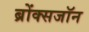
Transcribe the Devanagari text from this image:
ब्रोंक्सजॉन